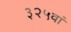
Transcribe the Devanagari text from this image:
३२५वां